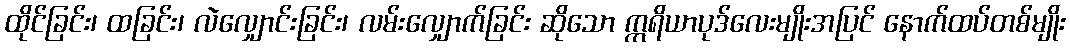
ထိုင်ခြင်း၊ ထခြင်း၊ လဲလျှောင်းခြင်း၊ လမ်းလျှောက်ခြင်း ဆိုသော ဣရိယာပုဒ်လေးမျိုးအပြင် နောက်ထပ်တစ်မျိုး